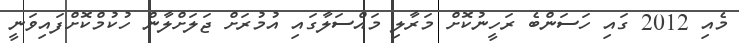
މެއި 2012 ގައި ހަސަންބެ ރަހީނުކޮށް މަރާލި މައްސަލާގައި އުމުރަށް ޖަލަށްލާން ހުކުމްކޮށްފައިވަނީ